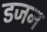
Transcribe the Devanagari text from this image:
डजन